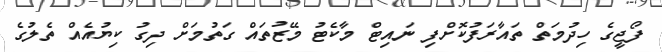
ފޯޖީގެ ހިދުމަތް ތައާރަފުކޮށްފި ނައިޓް މާކެޓު މޭޒުތައް ގަތުމަށް ދިގު ކިޔުއެއް ތެލުގެ